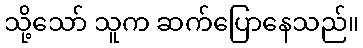
သို့သော် သူက ဆက်ပြောနေသည်။